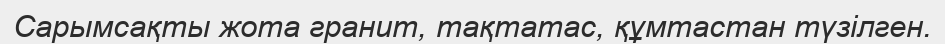
Сарымсақты жота гранит, тақтатас, құмтастан түзілген.